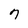
Character: 7